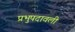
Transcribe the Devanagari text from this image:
प्रभुपदावली